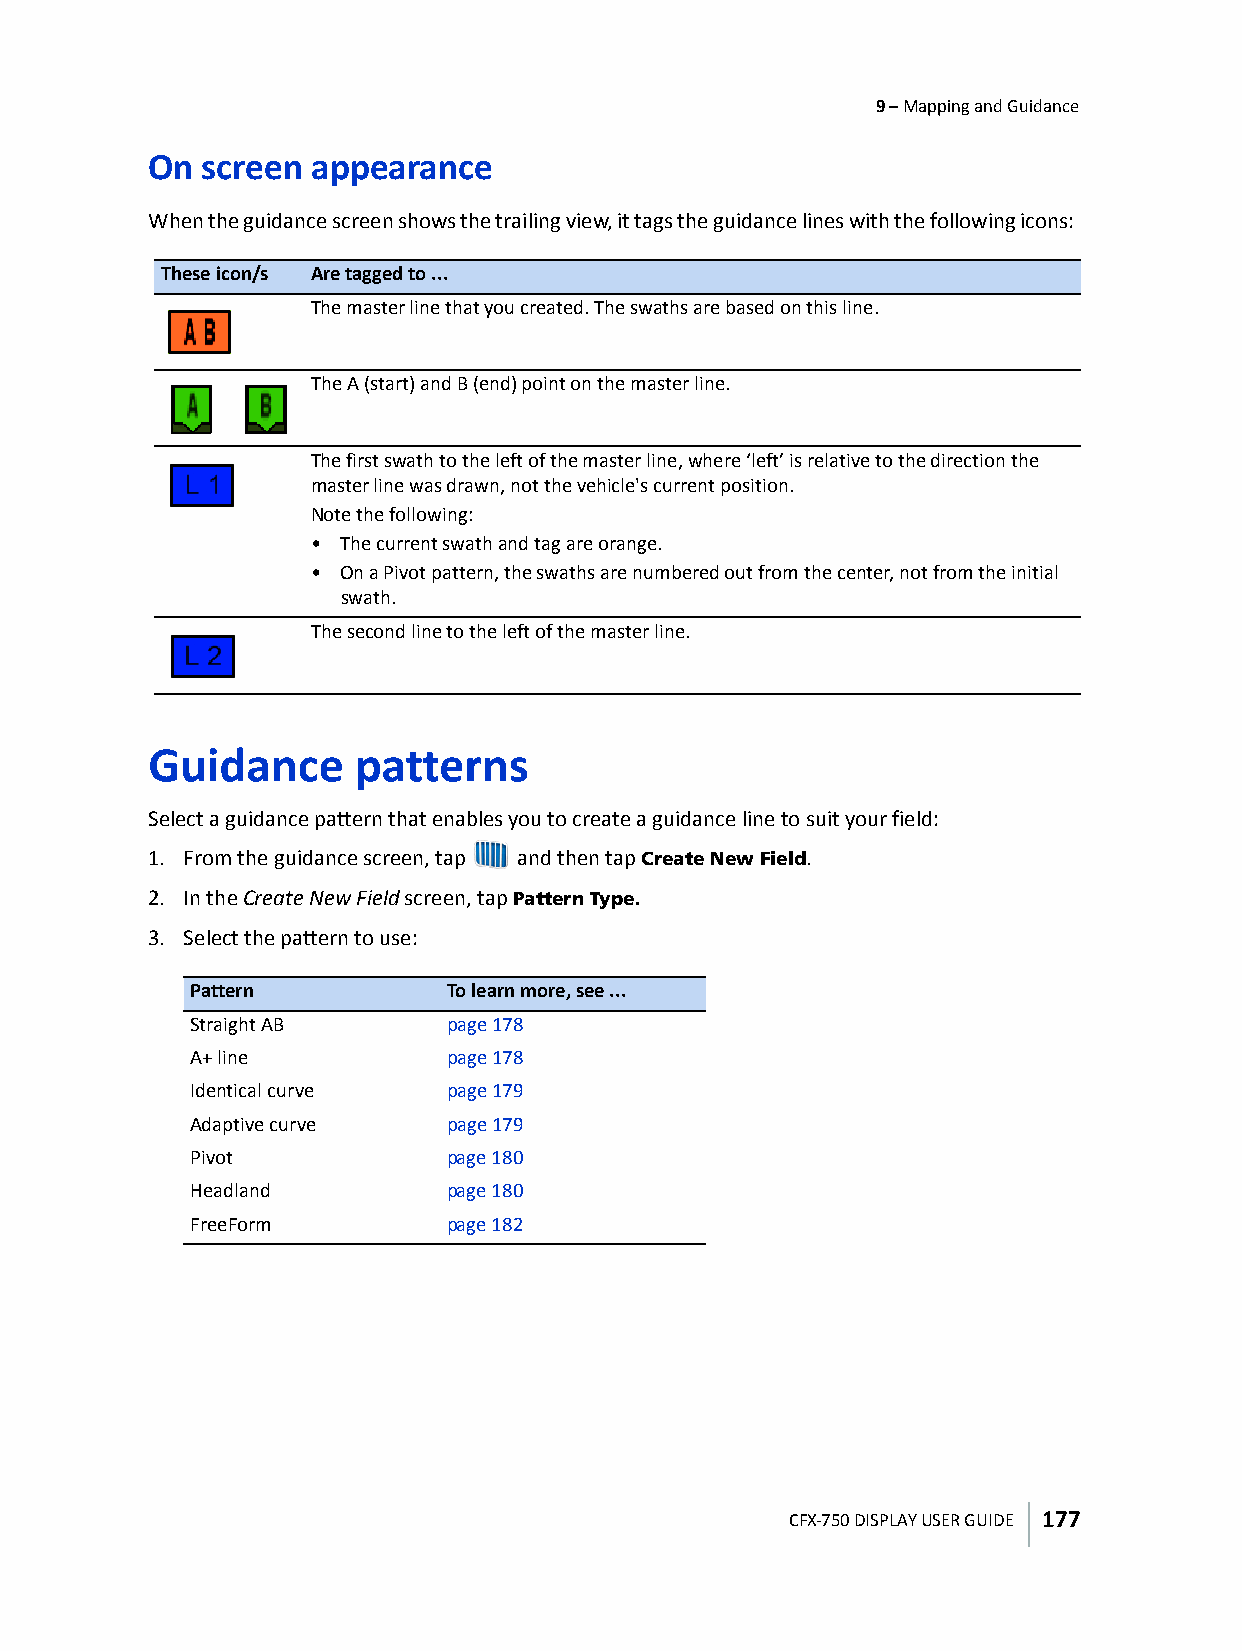
9 – Mapping and Guidance
 On screen  appearance
 When the guidance screen shows the trailing view, it tags the guidance lines with the following icons:
 These icon/s Are tagged to ...
 The master line that you created. The swaths are based on this line.
 The A (start) and B (end) point on the master line.
 The first swath to the left of the master line, where ‘left’ is relative to the direction the
 master line was drawn, not the vehicle's current position.
 Note the following:
 • The current swath and tag are orange.
 • On a Pivot pattern, the swaths are numbered out from the center, not from the initial
 swath.
 The second line to the left of the master line.
 Guidance      patterns
 Select a guidance pattern that enables you to create a guidance line to suit your field:
 1. From the guidance screen, tap and then tap Create New Field.
 2. In the Create New Field screen, tap Pattern Type.
 3. Select the pattern to use:
 Pattern          To learn more, see ...
 Straight AB      page178
 A+ line          page178
 Identical curve  page179
 Adaptive curve   page179
 Pivot            page180
 Headland         page180
 FreeForm         page182
 CFX-750 DISPLAY USER GUIDE 177